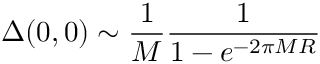
\Delta ( 0 , 0 ) \sim { \frac { 1 } { M } } { \frac { 1 } { 1 - e ^ { - 2 \pi M R } } }